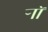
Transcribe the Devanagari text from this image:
र्‍ाॉ